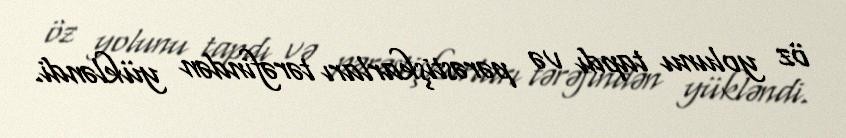
öz yolunu tapdı və pərəstişkarları tərəfindən yükləndi.